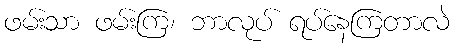
ဖမ်းသာ ဖမ်းကြ၊ ဘာလုပ် ရပ်နေကြတာလဲ